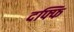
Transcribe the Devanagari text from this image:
दफ्फि